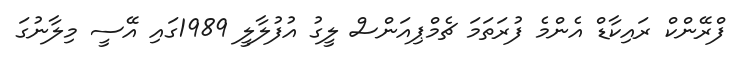
ފްރޭންކް ރައިކާޑް އެންމެ ފުރަތަމަ ޗެމްޕިއަންސް ލީގު އުފުލާލީ 1989ގައި އޭސީ މިލާނުގަ